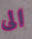
الى